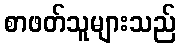
စာဖတ်သူများသည်